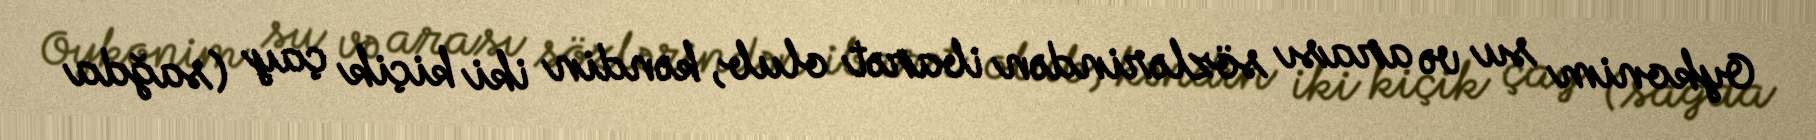
Oykonim su və arası sözlərindən ibarət olub, kəndin iki kiçik çay (sağda